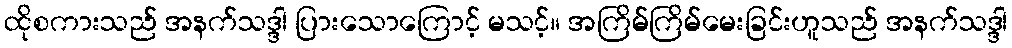
ထိုစကားသည် အနက်သဒ္ဒါ ပြားသောကြောင့် မသင့်။ အကြိမ်ကြိမ်မေးခြင်းဟူသည် အနက်သဒ္ဒါ